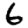
Digit: 6